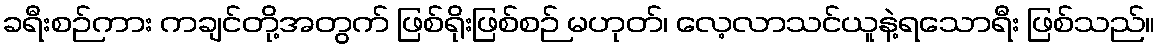
ခရီးစဉ်ကား ကချင်တို့အတွက် ဖြစ်ရိုးဖြစ်စဉ် မဟုတ်၊ လေ့လာသင်ယူနဲ့ရသောရီး ဖြစ်သည်။